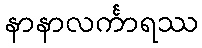
နာနာလင်္ကာရဿ